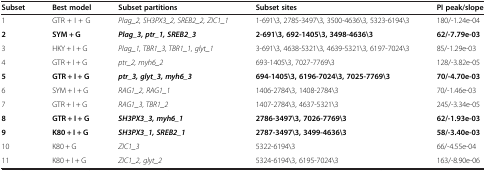
| Subset | Best model | Subset partitions | Subset sites | PI peak/slope |
 | --- | --- | --- | --- | --- |
 | 1 | GTR + I + G | Plag_2, SH3PX3_2, SREB2_2, ZIC1_1 | 1-691\3, 2785-3497\3, 3500-4636\3, 5323-6194\3 | 180/-1.24e-04 |
 | 2 | SYM + G | Plag_3, ptr_1, SREB2_3 | 2-691\3, 692-1405\3, 3498-4636\3 | 62/-7.79e-03 |
 | 3 | HKY + I + G | Plag_1, TBR1_3, TBR1_1, glyt_1 | 3-691\3, 4638-5321\3, 4639-5321\3, 6197-7024\3 | 85/-1.29e-03 |
 | 4 | GTR + I + G | ptr_2, myh6_2 | 693-1405\3, 7027-7769\3 | 128/-3.82e-05 |
 | 5 | GTR + I + G | ptr_3, glyt_3, myh6_3 | 694-1405\3, 6196-7024\3, 7025-7769\3 | 70/-4.70e-03 |
 | 6 | SYM + I + G | RAG1_2, RAG1_1 | 1406-2784\3, 1408-2784\3 | 70/-1.46e-03 |
 | 7 | GTR + I + G | RAG1_3, TBR1_2 | 1407-2784\3, 4637-5321\3 | 245/-3.34e-05 |
 | 8 | GTR + I + G | SH3PX3_3, myh6_1 | 2786-3497\3, 7026-7769\3 | 62/-1.93e-03 |
 | 9 | K80 + I + G | SH3PX3_1, SREB2_1 | 2787-3497\3, 3499-4636\3 | 58/-3.40e-03 |
 | 10 | K80 + G | ZIC1_3 | 5322-6194\3 | 66/-4.55e-04 |
 | 11 | K80 + I + G | ZIC1_2, glyt_2 | 5324-6194\3, 6195-7024\3 | 163/-8.90e-06 |